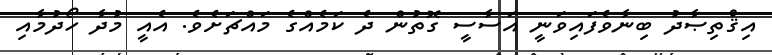
އިޤްތިޞާދު ބިނާވެފައިވަނީ އަސާސީ ގޮތުން ދެ ކަމެއްގެ މައްޗަށެވެ. އެއީ މުދާ ހޯދުމާއި